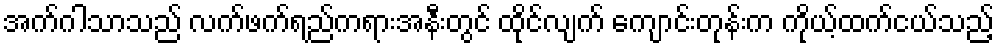
အက်ဂါသာသည် လက်ဖက်ရည်ကရားအနီးတွင် ထိုင်လျက် ကျောင်းတုန်းက ကိုယ့်ထက်ငယ်သည့်